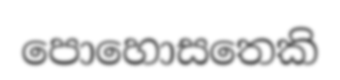
පොහොසතෙකි